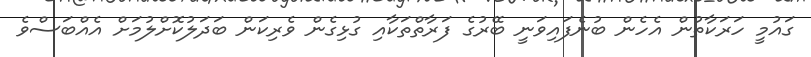
ގައުމީ ހަރަކާތުން އެހެން ބުނެފައިވަނީ ބޭރުގެ ފަރާތްތަކާއި ގުޅިގެން ވެރިކަން ބަދަލުކޮށްލުމަށް އެއްބަސްވެ